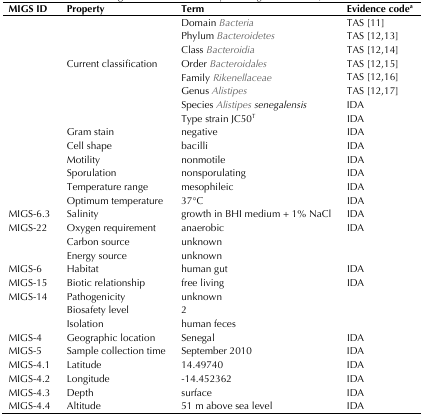
<table><thead><tr><td><b>MIGS ID</b></td><td><b>Property</b></td><td><b>Term</b></td><td><b>Evidence code<sup>a</sup></b></td></tr></thead><tbody><tr><td></td><td></td><td>Domain <i>Bacteria</i></td><td>TAS [11]</td></tr><tr><td></td><td></td><td>Phylum <i>Bacteroidetes</i></td><td>TAS [12,13]</td></tr><tr><td></td><td></td><td>Class <i>Bacteroidia</i></td><td>TAS [12,14]</td></tr><tr><td></td><td>Current classification</td><td>Order <i>Bacteroidales</i></td><td>TAS [12,15]</td></tr><tr><td></td><td></td><td>Family <i>Rikenellaceae</i></td><td>TAS [12,16]</td></tr><tr><td></td><td></td><td>Genus <i>Alistipes</i></td><td>TAS [12,17]</td></tr><tr><td></td><td></td><td>Species <i>Alistipes senegalensis</i></td><td>IDA</td></tr><tr><td></td><td></td><td>Type strain JC50<sup>T</sup></td><td>IDA</td></tr><tr><td></td><td>Gram stain</td><td>negative</td><td>IDA</td></tr><tr><td></td><td>Cell shape</td><td>bacilli</td><td>IDA</td></tr><tr><td></td><td>Motility</td><td>nonmotile</td><td>IDA</td></tr><tr><td></td><td>Sporulation</td><td>nonsporulating</td><td>IDA</td></tr><tr><td></td><td>Temperature range</td><td>mesophileic</td><td>IDA</td></tr><tr><td></td><td>Optimum temperature</td><td>37°C</td><td>IDA</td></tr><tr><td>MIGS-6.3</td><td>Salinity</td><td>growth in BHI medium + 1% NaCl</td><td>IDA</td></tr><tr><td>MIGS-22</td><td>Oxygen requirement</td><td>anaerobic</td><td>IDA</td></tr><tr><td></td><td>Carbon source</td><td>unknown</td><td></td></tr><tr><td></td><td>Energy source</td><td>unknown</td><td></td></tr><tr><td>MIGS-6</td><td>Habitat</td><td>human gut</td><td>IDA</td></tr><tr><td>MIGS-15</td><td>Biotic relationship</td><td>free living</td><td>IDA</td></tr><tr><td>MIGS-14</td><td>Pathogenicity</td><td>unknown</td><td></td></tr><tr><td></td><td>Biosafety level</td><td>2</td><td></td></tr><tr><td></td><td>Isolation</td><td>human feces</td><td></td></tr><tr><td>MIGS-4</td><td>Geographic location</td><td>Senegal</td><td>IDA</td></tr><tr><td>MIGS-5</td><td>Sample collection time</td><td>September 2010</td><td>IDA</td></tr><tr><td>MIGS-4.1</td><td>Latitude</td><td>14.49740 </td><td>IDA</td></tr><tr><td>MIGS-4.2</td><td>Longitude</td><td>-14.452362</td><td>IDA</td></tr><tr><td>MIGS-4.3</td><td>Depth</td><td>surface</td><td>IDA</td></tr><tr><td>MIGS-4.4</td><td>Altitude</td><td>51 m above sea level</td><td>IDA</td></tr></tbody></table>